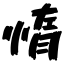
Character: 惰